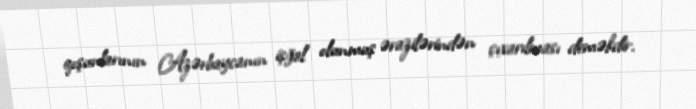
qoşunlarının Azərbaycanın işğal olunmuş ərazilərindən çıxarılması deməkdir.